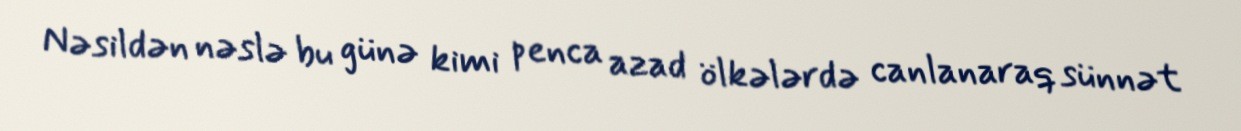
Nəsildən nəslə bu günə kimi penca azad ölkələrdə canlanaraq sünnət